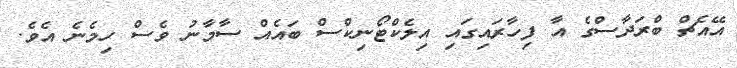
އޭއެޗް ބްރަދާސްގެ އާ ފިހާރައިގައި އިލެކްޓޯނިކްސް ބައެއް ސާމާނު ވެސް ހިމެނެ އެވެ.